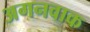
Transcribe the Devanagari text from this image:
अगनवाक